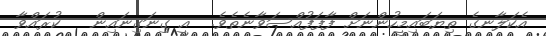
އެކަލާނގެ ތިޔަބައިމީހުންނަށް ފާފަފުއްސަވާނެތެވެ.  އީ ގިނަގިނައިން   ކުރައްވާ